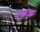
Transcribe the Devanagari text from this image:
ज्क्ज